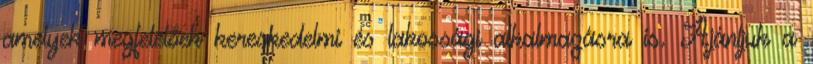
amelyek megfelelőek kereskedelmi és lakossági alkalmazásra is. Ajánljuk a